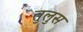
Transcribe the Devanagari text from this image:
तुलुस